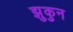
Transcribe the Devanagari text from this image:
झुकुन